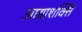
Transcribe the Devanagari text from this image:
आद्याशक्ति